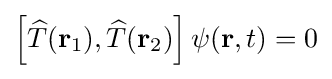
\left[{\widehat {T}}(\mathbf {r} _{1}),{\widehat {T}}(\mathbf {r} _{2})\right]\psi (\mathbf {r} ,t)=0